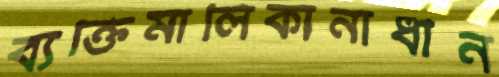
ব্যক্তিমালিকানাধীন